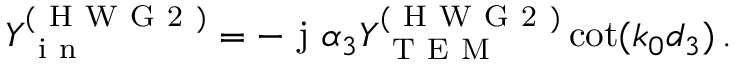
Y _ { \mathrm { ~ i ~ n ~ } } ^ { ( \mathrm { ~ H ~ W ~ G ~ 2 ~ } ) } = - \mathrm { ~ j ~ } \alpha _ { 3 } Y _ { \mathrm { ~ T ~ E ~ M ~ } } ^ { ( \mathrm { ~ H ~ W ~ G ~ 2 ~ } ) } \cot ( k _ { 0 } d _ { 3 } ) \, .